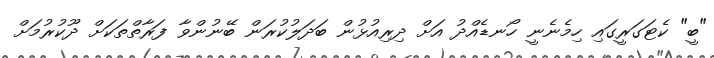
"ބީ" ކެޓަގަރީގައި ހިމެނެނީ ހޯނޑެއްދު އަށް ދިރިއުޅުން ބަދަލުކުރަން ބޭނުންވާ ފަރާތްތަކަށް ދޫކުރުމަށް